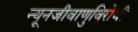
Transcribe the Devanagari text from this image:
न्यूनजीवाणुविरोधी